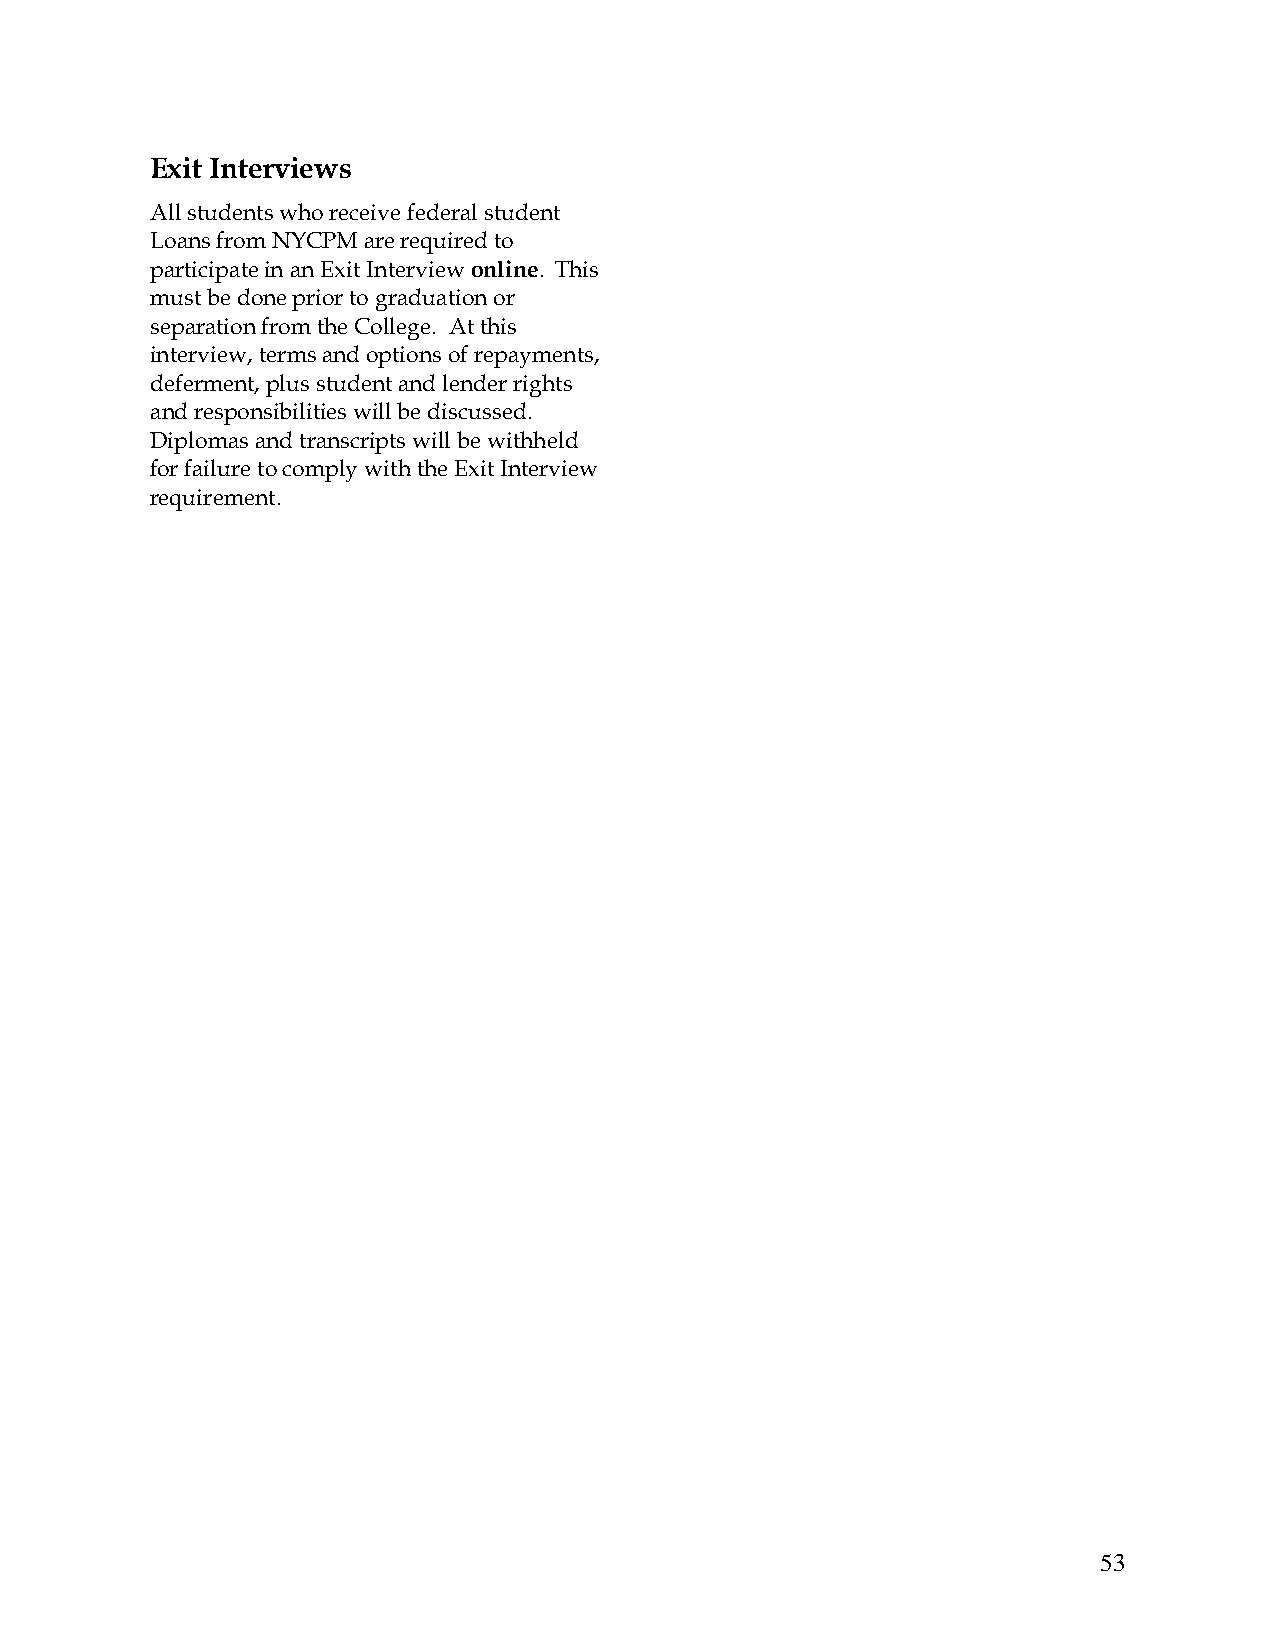
Exit Interviews
 All students who receive federal student
 Loans from NYCPM are required to
 participate in an Exit Interview online. This
 must be done prior to graduation or
 separation from the College. At this
 interview, terms and options of repayments,
 deferment, plus student and lender rights
 and responsibilities will be discussed.
 Diplomas and transcripts will be withheld
 for failure to comply with the Exit Interview
 requirement.
 53